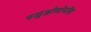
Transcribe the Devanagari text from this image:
स्युडोमोनॉस